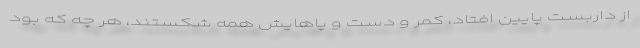
از داربست پايين افتاد، كمر و دست و پاهايش همه شكستند، هر چه كه بود